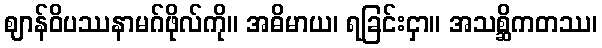
ဈာန်ဝိပဿနာမဂ်ဖိုလ်ကို။ အဓိမာယ၊ ရခြင်းငှာ။ အသစ္ဆိကတဿ၊